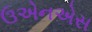
ઉએનએસ